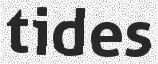
tides